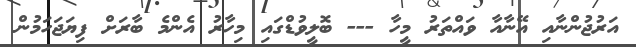
އަރުޖުންނާއި އޭނާއާ ވައްތަރު މީހާ --- ބޮލީވުޑްގައި މިހާރު އެންމެ ބާރަށް ފިޔަޖަހަމުން